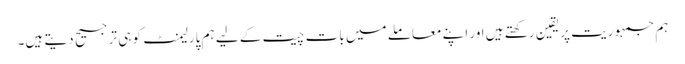
ہم جمہوریت پر یقین رکھتے ہیں اور اپنے معاملے میں بات چیت کے لیے ہم پارلیمنٹ کو ہی ترجیح دیتے ہیں۔